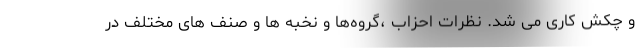
و چکش کاری می شد. نظرات احزاب ،گروه‌ها و نخبه ها و صنف های مختلف در